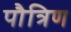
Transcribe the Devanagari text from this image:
पौत्रिण